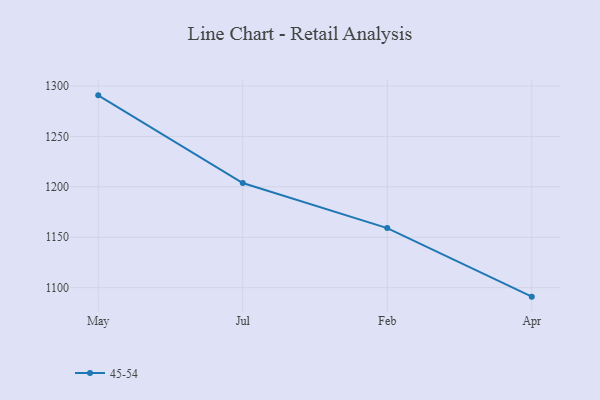
{"axis": {"x": "Month", "y": "Operating Costs (USD K)"}, "legend": ["45-54"], "data": [{"x": "May", "y": 1290.7, "type": "45-54"}, {"x": "Jul", "y": 1203.8, "type": "45-54"}, {"x": "Feb", "y": 1159.1, "type": "45-54"}, {"x": "Apr", "y": 1091.1, "type": "45-54"}]}